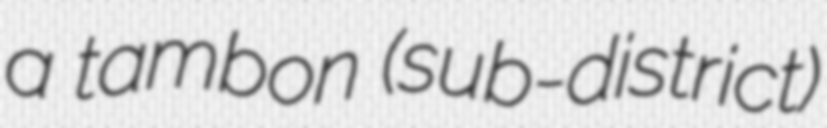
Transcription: a tambon (sub-district)